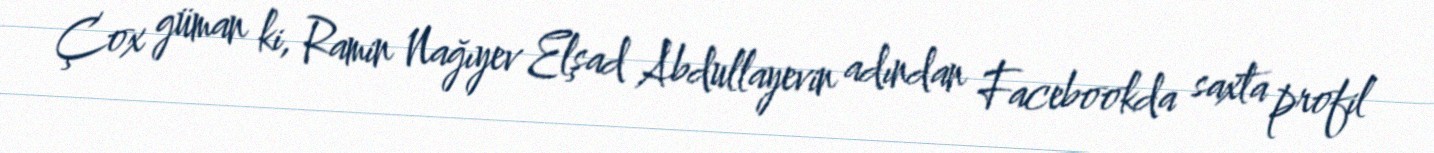
Çox güman ki, Ramin Nağıyev Elşad Abdullayevin adından Facebookda saxta profil